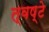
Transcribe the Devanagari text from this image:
त्वष्टे